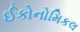
ઈકોનોમિકલ